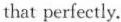
that perfectly.